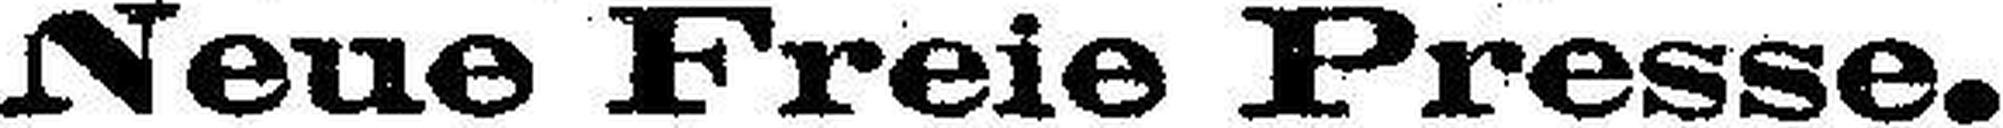
Neue Freie Presse.